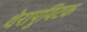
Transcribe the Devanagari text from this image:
थेरापुयिटक